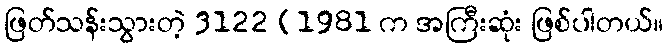
ဖြတ်သန်းသွားတဲ့ 3122 (1981 က အကြီးဆုံး ဖြစ်ပါတယ်။